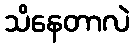
သိနေတာလဲ